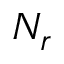
N _ { r }